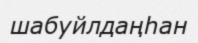
шабуйлдаңһан